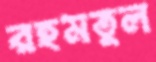
রহমতুল